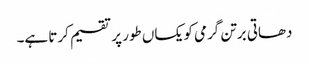
دھاتی برتن گرمی کو یکساں طور پر تقسیم کرتا ہے۔